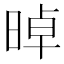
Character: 晫